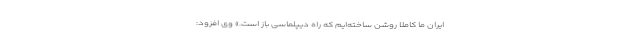
ایران ما کاملا روشن ساخته‌ایم که راه دیپلماسی باز است.» وی افزود: